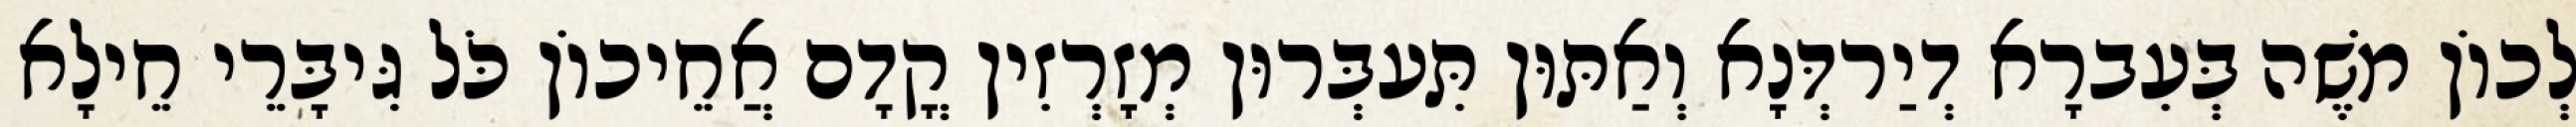
לְכוֹן מֹשֶׁה בְּעִברָא דְיַרדְּנָא וְאַתּוּן תִּעבְּרוּן מְזָרְזִין קֳדָם אֲחֵיכוֹן כֹּל גִּיבָּרֵי חֵילָא